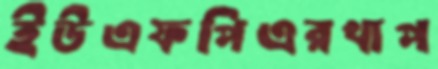
ইউএফপিএরখাপ